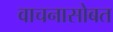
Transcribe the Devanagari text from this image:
वाचनासोबत